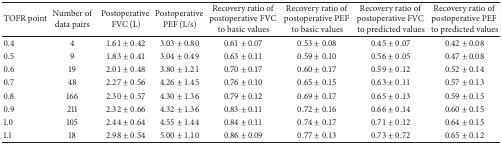
| TOFR point | Number of data pairs | Postoperative FVC (L) | Postoperative PEF (L/s) | Recovery ratio of postoperative FVC to basic values | Recovery ratio of postoperative PEF to basic values | Recovery ratio of postoperative FVC to predicted values | Recovery ratio of postoperative PEF to predicted values |
 | --- | --- | --- | --- | --- | --- | --- | --- |
 | 0.4 | 4 | 1.61 ± 0.42 | 3.03 ± 0.80 | 0.61 ± 0.07 | 0.53 ± 0.08 | 0.45 ± 0.07 | 0.42 ± 0.08 |
 | 0.5 | 9 | 1.83 ± 0.41 | 3.04 ± 0.49 | 0.63 ± 0.11 | 0.59 ± 0.10 | 0.56 ± 0.05 | 0.47 ± 0.08 |
 | 0.6 | 19 | 2.01 ± 0.48 | 3.80 ± 1.21 | 0.70 ± 0.17 | 0.60 ± 0.17 | 0.59 ± 0.12 | 0.52 ± 0.14 |
 | 0.7 | 48 | 2.27 ± 0.56 | 4.26 ± 1.45 | 0.76 ± 0.10 | 0.65 ± 0.15 | 0.63 ± 0.11 | 0.57 ± 0.13 |
 | 0.8 | 166 | 2.30 ± 0.57 | 4.30 ± 1.36 | 0.79 ± 0.12 | 0.69 ± 0.17 | 0.65 ± 0.13 | 0.59 ± 0.15 |
 | 0.9 | 211 | 2.32 ± 0.66 | 4.32 ± 1.36 | 0.83 ± 0.11 | 0.72 ± 0.16 | 0.66 ± 0.14 | 0.60 ± 0.15 |
 | 1.0 | 105 | 2.44 ± 0.64 | 4.55 ± 1.44 | 0.84 ± 0.11 | 0.74 ± 0.17 | 0.71 ± 0.12 | 0.64 ± 0.15 |
 | 1.1 | 18 | 2.98 ± 0.54 | 5.00 ± 1.10 | 0.86 ± 0.09 | 0.77 ± 0.13 | 0.73 ± 0.72 | 0.65 ± 0.12 |